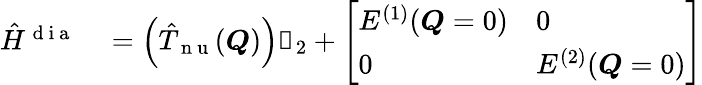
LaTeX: \begin{array}{rl}{\hat{H}^{\mathrm{~d~i~a~}}}&{{}=\left(\hat{T}_{\mathrm{~n~u~}}(\boldsymbol{Q})\right)\mathbb{1}_{2}+\left[\begin{array}{ll}{E^{(1)}(\boldsymbol{Q}=0)}&{0}\\ {0}&{E^{(2)}(\boldsymbol{Q}=0)}\end{array}\right]}\end{array}